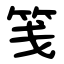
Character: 笺